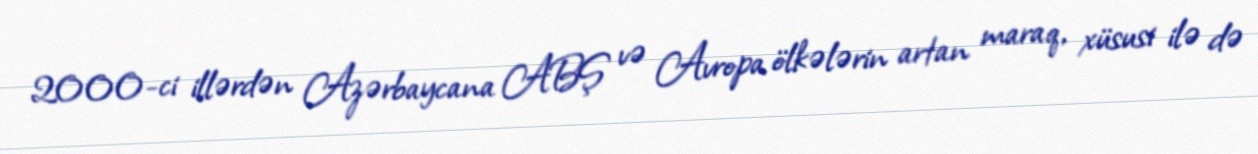
2000-ci illərdən Azərbaycana ABŞ və Avropa ölkələrin artan maraq, xüsusi ilə də